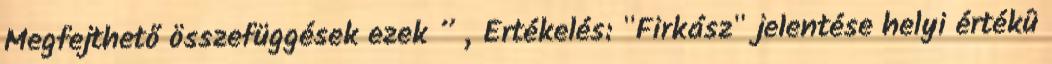
Megfejthető összefüggések ezek ” „Értékelés: "Firkász" jelentése helyi értékû